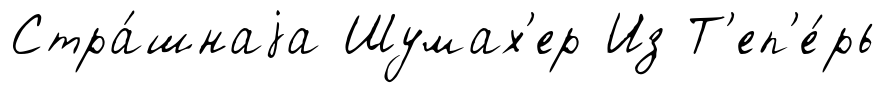
Стра́шнаjа Шумах'ер Из Т'еп'е́рь